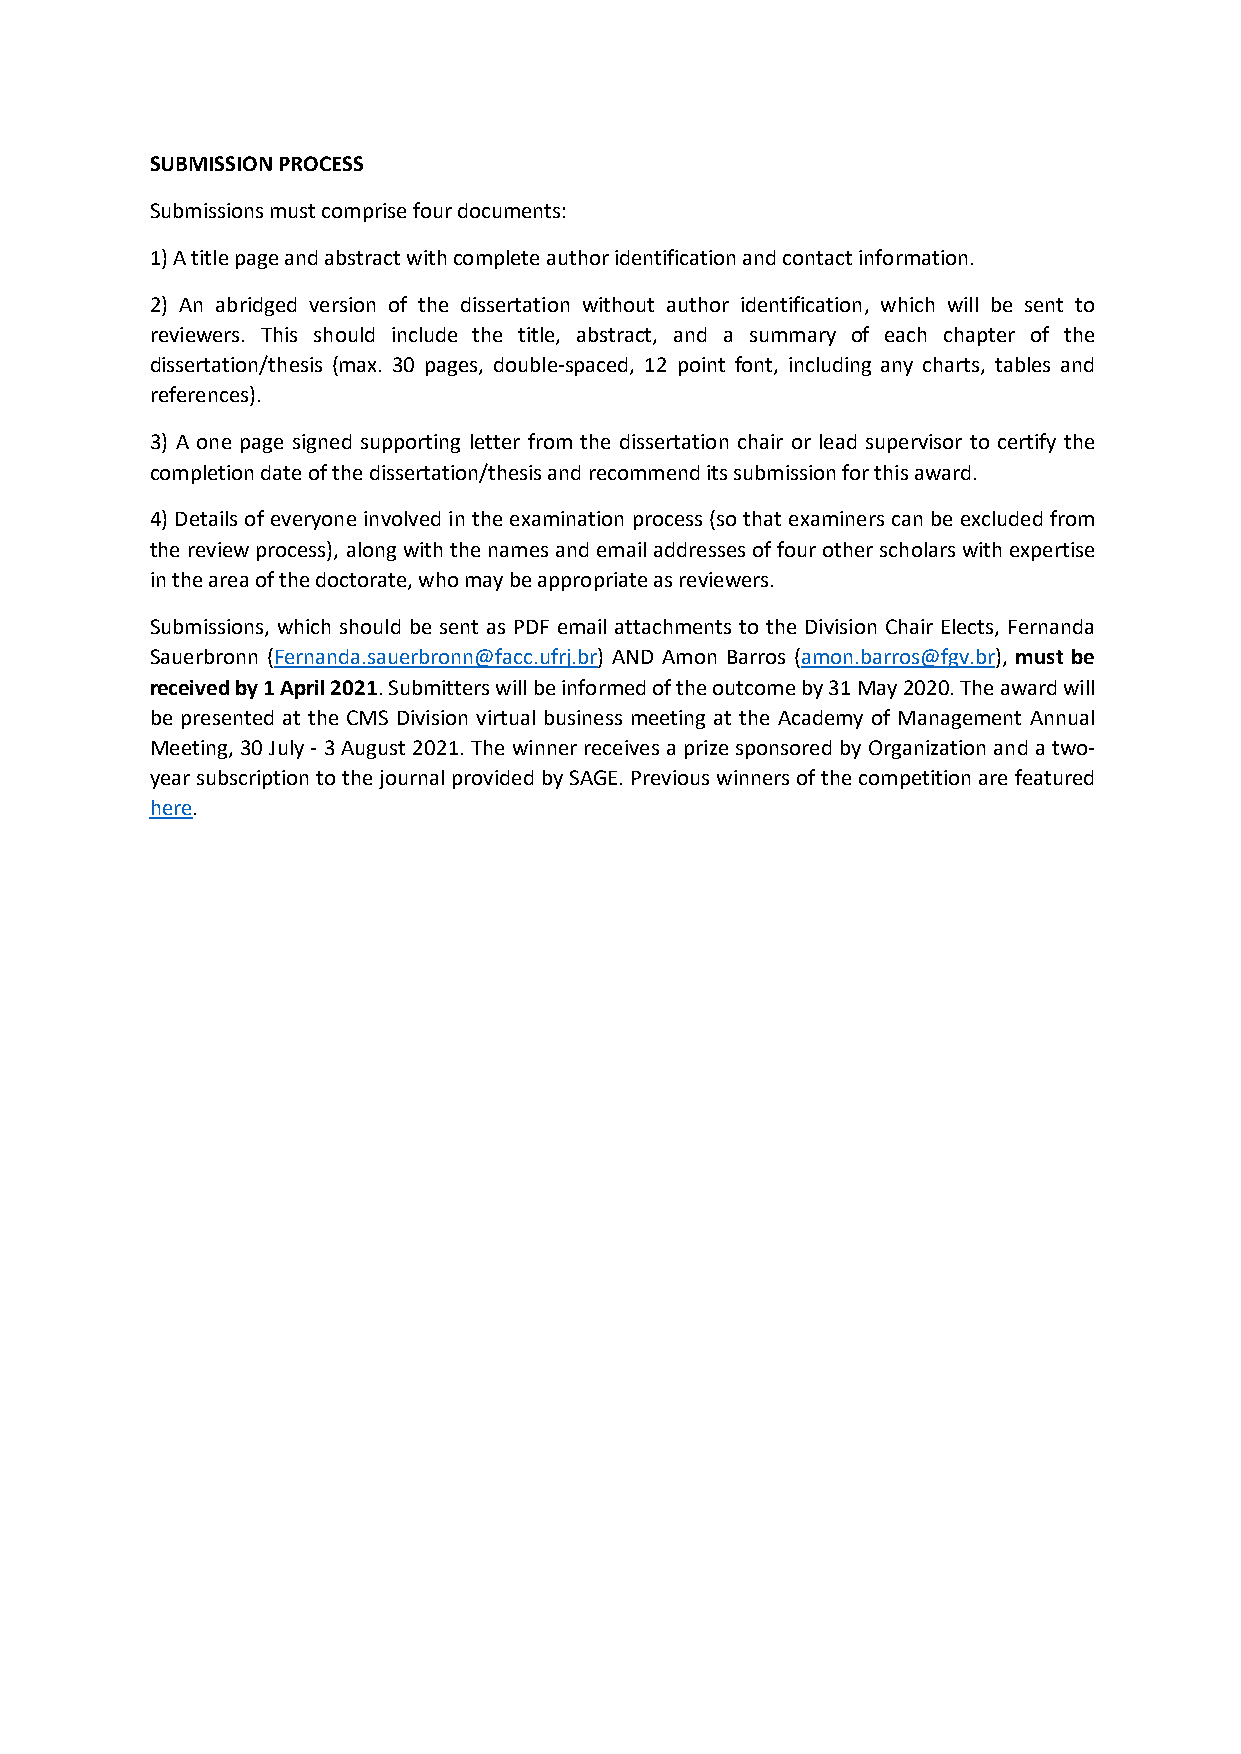
SUBMISSION PROCESS
 Submissions must comprise four documents:
 1) A title page and abstract with complete author identification and contact information.
 2) An abridged version of the dissertation without author identification, which will be sent to
 reviewers. This should include the title, abstract, and a summary of each chapter of the
 dissertation/thesis (max. 30 pages, double-spaced, 12 point font, including any charts, tables and
 references).
 3) A one page signed supporting letter from the dissertation chair or lead supervisor to certify the
 completion date of the dissertation/thesis and recommend its submission for this award.
 4) Details of everyone involved in the examination process (so that examiners can be excluded from
 the review process), along with the names and email addresses of four other scholars with expertise
 in the area of the doctorate, who may be appropriate as reviewers.
 Submissions, which should be sent as PDF email attachments to the Division Chair Elects, Fernanda
 Sauerbronn (Fernanda.sauerbronn@facc.ufrj.br) AND Amon Barros (amon.barros@fgv.br), must be
 received by 1 April 2021. Submitters will be informed of the outcome by 31 May 2020. The award will
 be presented at the CMS Division virtual business meeting at the Academy of Management Annual
 Meeting, 30 July - 3 August 2021. The winner receives a prize sponsored by Organization and a two-
 year subscription to the journal provided by SAGE. Previous winners of the competition are featured
 here.